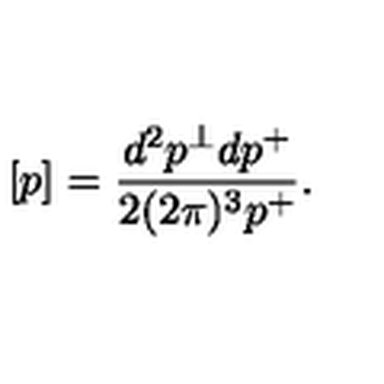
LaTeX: [ p ] = \frac { d ^ { 2 } p ^ { \perp } d p ^ { + } } { 2 ( 2 \pi ) ^ { 3 } p ^ { + } } .